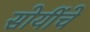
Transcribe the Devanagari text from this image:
सोयींचे